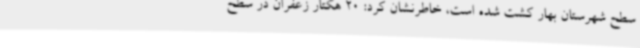
سطح شهرستان بهار کشت شده است، خاطرنشان کرد: 20 هکتار زعفران در سطح